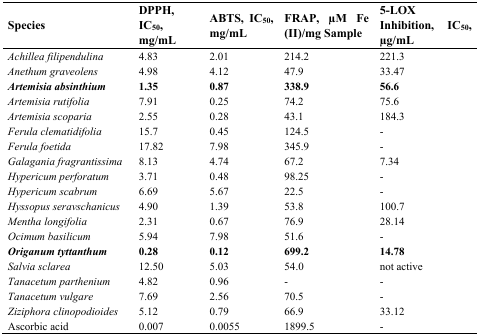
<table><thead><tr><td><b>Species</b></td><td><b>DPPH, IC<sub>50</sub>, mg/mL</b></td><td><b>ABTS, IC<sub>50</sub>, mg/mL</b></td><td><b>FRAP, μM Fe (II)/mg Sample</b></td><td><b>5-LOX Inhibition, IC<sub>50</sub>, μg/mL</b></td></tr></thead><tbody><tr><td><i>Achillea filipendulina</i></td><td>4.83</td><td>2.01</td><td>214.2</td><td>221.3</td></tr><tr><td><i>Anethum graveolens</i></td><td>4.98</td><td>4.12</td><td>47.9</td><td>33.47</td></tr><tr><td><i>Artemisia absinthium</i></td><td><b>1.35</b></td><td><b>0.87</b></td><td><b>338.9</b></td><td><b>56.6</b></td></tr><tr><td><i>Artemisia rutifolia</i></td><td>7.91</td><td>0.25</td><td>74.2</td><td>75.6</td></tr><tr><td><i>Artemisia scoparia</i></td><td>2.55</td><td>0.28</td><td>43.1</td><td>184.3</td></tr><tr><td><i>Ferula clematidifolia</i></td><td>15.7</td><td>0.45</td><td>124.5</td><td>-</td></tr><tr><td><i>Ferula foetida</i></td><td>17.82</td><td>7.98</td><td>345.9</td><td>-</td></tr><tr><td><i>Galagania fragrantissima</i></td><td>8.13</td><td>4.74</td><td>67.2</td><td>7.34</td></tr><tr><td><i>Hypericum perforatum</i></td><td>3.71</td><td>0.48</td><td>98.25</td><td>-</td></tr><tr><td><i>Hypericum scabrum</i></td><td>6.69</td><td>5.67</td><td>22.5</td><td>-</td></tr><tr><td><i>Hyssopus seravschanicus</i></td><td>4.90</td><td>1.39</td><td>53.8</td><td>100.7</td></tr><tr><td><i>Mentha longifolia</i></td><td>2.31</td><td>0.67</td><td>76.9</td><td>28.14</td></tr><tr><td><i>Ocimum basilicum</i></td><td>5.94</td><td>7.98</td><td>51.6</td><td>-</td></tr><tr><td><i>Origanum tyttanthum</i></td><td><b>0.28</b></td><td><b>0.12</b></td><td><b>699.2</b></td><td><b>14.78</b></td></tr><tr><td><i>Salvia sclarea</i></td><td>12.50</td><td>5.03</td><td>54.0</td><td>not active</td></tr><tr><td><i>Tanacetum parthenium</i></td><td>4.82</td><td>0.96</td><td>-</td><td>-</td></tr><tr><td><i>Tanacetum vulgare</i></td><td>7.69</td><td>2.56</td><td>70.5</td><td>-</td></tr><tr><td><i>Ziziphora clinopodioides</i></td><td>5.12</td><td>0.79</td><td>66.9</td><td>33.12</td></tr><tr><td>Ascorbic acid</td><td>0.007</td><td>0.0055</td><td>1899.5</td><td>-</td></tr></tbody></table>